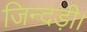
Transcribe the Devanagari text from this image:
जिन्दड़ी।